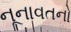
નૂનાવતનો